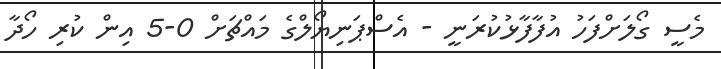
މެސީ ގޯލަށްފަހު އުފާފާޅުކުރަނީ - އެސްޕަނިޔޯލްގެ މައްޗަށް 0-5 އިން ކުރި ހޯދާ